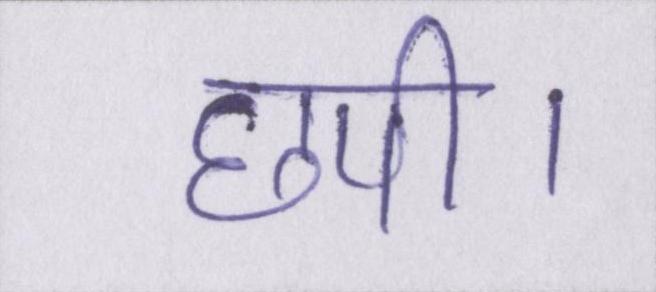
छपी।